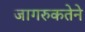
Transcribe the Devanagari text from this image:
जागरुकतेने